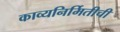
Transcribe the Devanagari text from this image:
काव्यनिर्मितीची